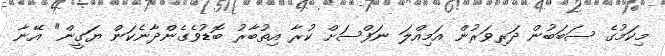
މިކަމުގެ ސަބަބުން ދަރިވަރުން އަމިއްލަ ނަފްސަށް ކުރާ އިތުބާރު ބޮޑުވެގެންދާނެކަން ޔަގީން" އޭނާ